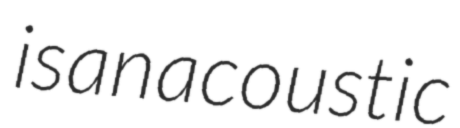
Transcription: is an acoustic